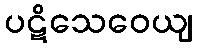
ပဋိသေဝေယျ